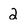
Character: 2